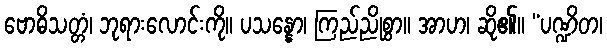
ဗောဓိသတ္တံ၊ ဘုရားလောင်းကို။ ပသန္နော၊ ကြည်ညိုစွာ။ အာဟ၊ ဆို၏။ “ပဏ္ဍိတ၊